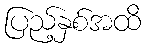
ပြည့်နှစ်အထိ